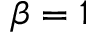
\beta = 1